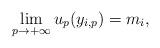
LaTeX: \begin{align*} \lim_{p\rightarrow +\infty}u_{p}(y_{i,p})= m_i,\end{align*}